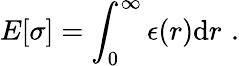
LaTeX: E[\sigma]=\int_{0}^{\infty}\epsilon(r)\mathrm{d}r\, \, .